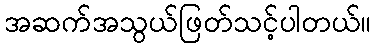
အဆက်အသွယ်ဖြတ်သင့်ပါတယ်။